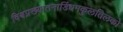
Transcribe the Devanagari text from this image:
विश्वप्रख्यातनाडिंधमकुलतिलको